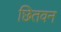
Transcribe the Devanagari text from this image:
छितवन